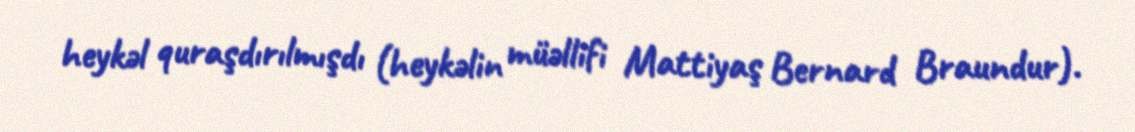
heykəl quraşdırılmışdı (heykəlin müəllifi Mattiyaş Bernard Braundur).